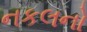
નકલનો